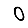
Digit: 0